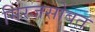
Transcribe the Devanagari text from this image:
मिरजसोबत